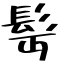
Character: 髩